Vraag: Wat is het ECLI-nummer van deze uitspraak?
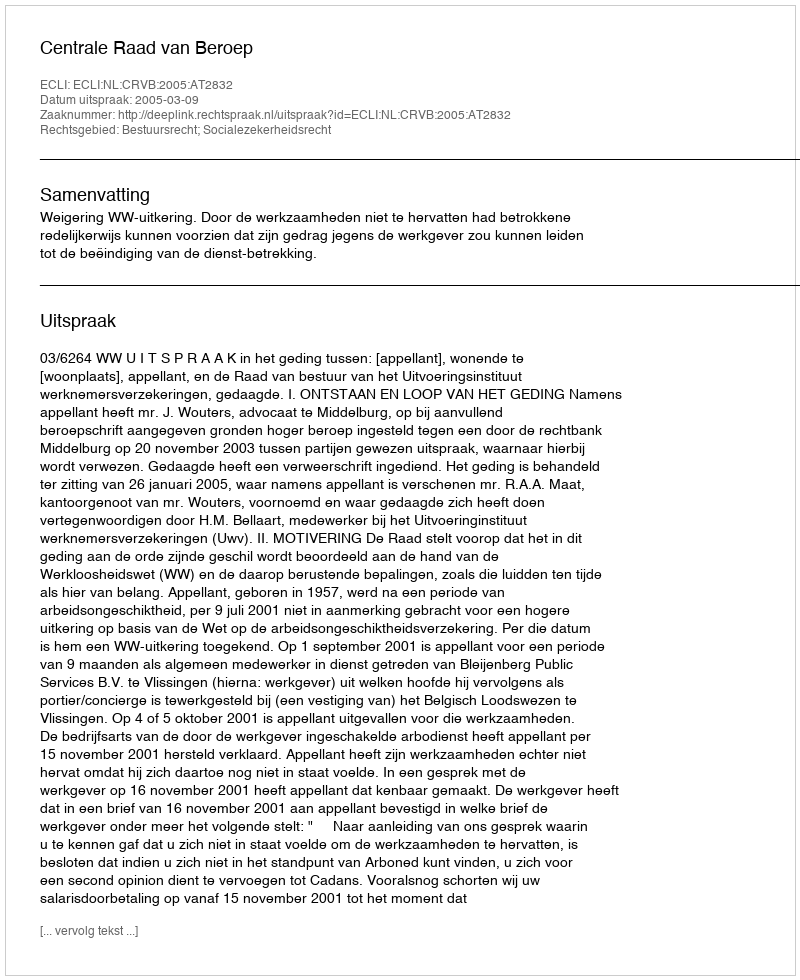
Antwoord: ECLI:NL:CRVB:2005:AT2832